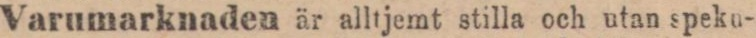
Varumarknaden är alltjemt stilla och utan speku-